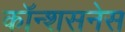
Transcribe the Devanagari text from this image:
कॉन्शसनेस